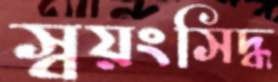
স্বয়ংসিদ্ধ